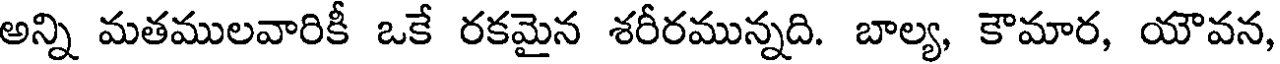
అన్ని మతములవారికీ ఒకే రకమైన శరీరమున్నది. బాల్య, కౌమార, యౌవన,